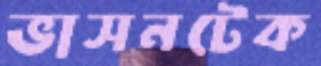
ভাসনটেক